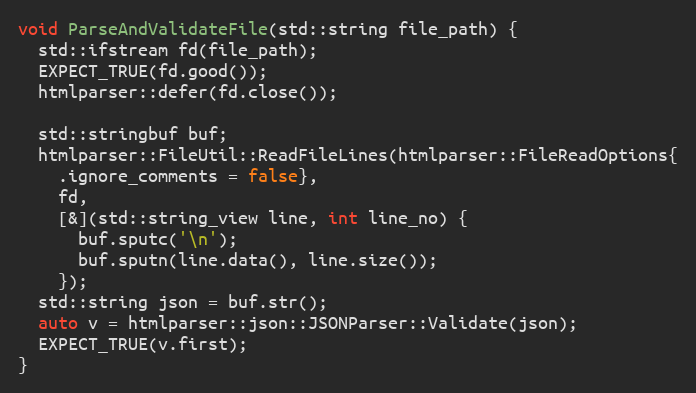
Language: C++
void ParseAndValidateFile(std::string file_path) {
  std::ifstream fd(file_path);
  EXPECT_TRUE(fd.good());
  htmlparser::defer(fd.close());

  std::stringbuf buf;
  htmlparser::FileUtil::ReadFileLines(htmlparser::FileReadOptions{
    .ignore_comments = false},
    fd,
    [&](std::string_view line, int line_no) {
      buf.sputc('\n');
      buf.sputn(line.data(), line.size());
    });
  std::string json = buf.str();
  auto v = htmlparser::json::JSONParser::Validate(json);
  EXPECT_TRUE(v.first);
}